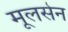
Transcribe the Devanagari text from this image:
मूलसेन